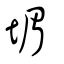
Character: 堳